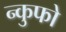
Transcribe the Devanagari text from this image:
न्कुफो